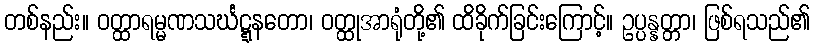
တစ်နည်း။ ဝတ္ထာရမ္မဏသင်္ဃဋ္ဋနတော၊ ဝတ္ထုအာရုံတို့၏ ထိခိုက်ခြင်းကြောင့်။ ဥပ္ပန္နတ္တာ၊ ဖြစ်ရသည်၏